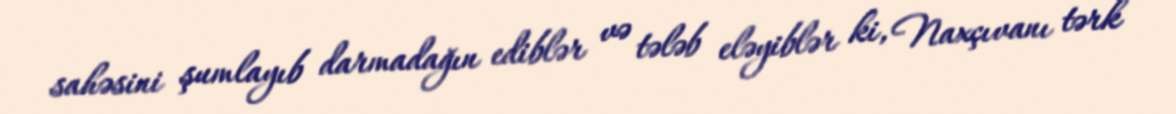
sahəsini şumlayıb darmadağın ediblər və tələb eləyiblər ki, Naxçıvanı tərk